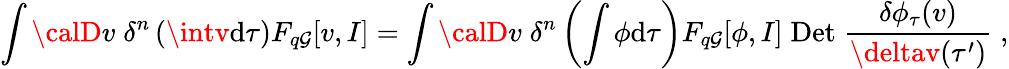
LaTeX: \int{\calD}v\; \delta^{n}\left(\intv\mathrm{d}\tau\right)F_{q\mathcal{G}}[v,I]=\int{\calD}v\; \delta^{n}\left(\int\phi\mathrm{d}\tau\right)F_{q\mathcal{G}}[\phi,I]\; \mathrm{{Det}}\; \frac{{\delta\phi_{\tau}(v)}}{{\deltav(\tau^{\prime})}}\; ,